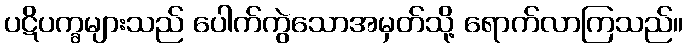
ပဋိပက္ခများသည် ပေါက်ကွဲသောအမှတ်သို့ ရောက်လာကြသည်။